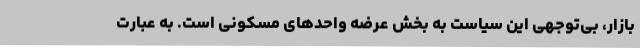
بازار، بی‌توجهی این سیاست به بخش عرضه واحدهای مسکونی است. به عبارت